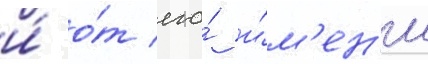
и́ о́т его́ и́м'ен'и